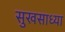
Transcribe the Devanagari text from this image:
सुखसाध्या